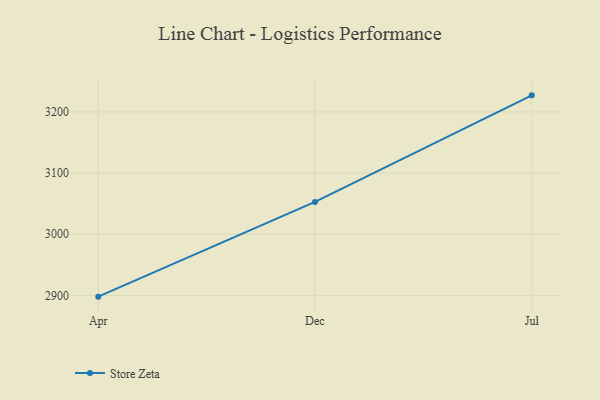
{"axis": {"x": "Month", "y": "Revenue (USD Million)"}, "legend": ["Store Zeta"], "data": [{"x": "Apr", "y": 2897.9, "type": "Store Zeta"}, {"x": "Dec", "y": 3052.9, "type": "Store Zeta"}, {"x": "Jul", "y": 3227.2, "type": "Store Zeta"}]}